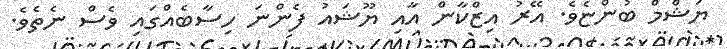
ޔަޝްމް ބުންޏެވެ. އޭރު އިޒްކާން އާއި ޔޫޝައު ފެންނަ ހިސާބެއްގައި ވެސް ނެތެވެ.